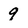
Character: 9